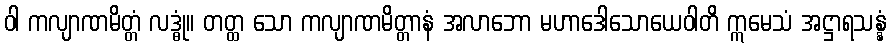
ဝါ ကလျာဏမိတ္တံ လဒ္ဓုံ။ တတ္ထ သော ကလျာဏမိတ္တာနံ အလာဘော မဟာဒေါသောယေဝါတိ ဣမေသံ အဋ္ဌာရသန္နံ